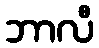
ဘာလီ